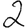
Digit: 2